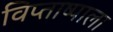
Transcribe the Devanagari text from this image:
विप्ताष्पाला